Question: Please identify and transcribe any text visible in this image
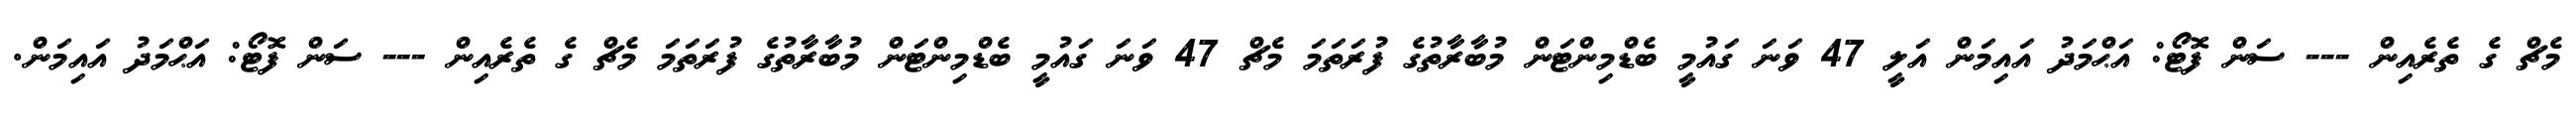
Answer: މެޗް ގެ ތެރެއިން --- ސަން ފޮޓޯ: އަޙްމަދު އައިމަން އަލީ 47 ވަނަ ގައުމީ ބެޑްމިންޓަން މުބާރާތުގެ ފުރަތަމަ މެޗް 47 ވަނަ ގައުމީ ބެޑްމިންޓަން މުބާރާތުގެ ފުރަތަމަ މެޗް ގެ ތެރެއިން --- ސަން ފޮޓޯ: އަޙްމަދު އައިމަން.